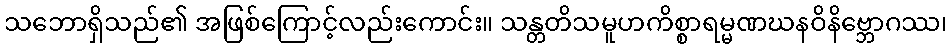
သဘောရှိသည်၏ အဖြစ်ကြောင့်လည်းကောင်း။ သန္တတိသမူဟကိစ္စာရမ္မဏဃနဝိနိဗ္ဘောဂဿ၊